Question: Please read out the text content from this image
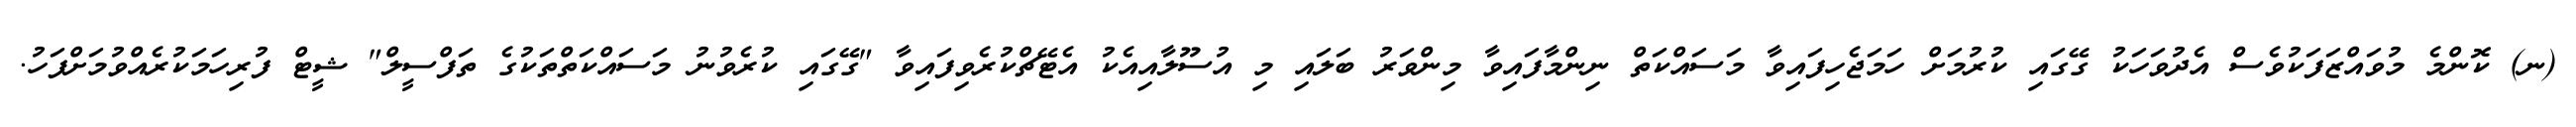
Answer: (ނ) ކޮންމެ މުވައްޒަފަކުވެސް އެދުވަހަކު ގޭގައި ކުރުމަށް ހަމަޖެހިފައިވާ މަސައްކަތް ނިންމާފައިވާ މިންވަރު ބަލައި މި އުސޫލާއިއެކު އެޓޭޗްކުރެވިފައިވާ "ގޭގައި ކުރެވުނު މަސައްކަތްތަކުގެ ތަފްސީލް" ޝީޓް ފުރިހަމަކުރެއްވުމަށްފަހު.